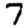
Digit: 7